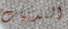
الثدييات